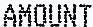
AMOUNT